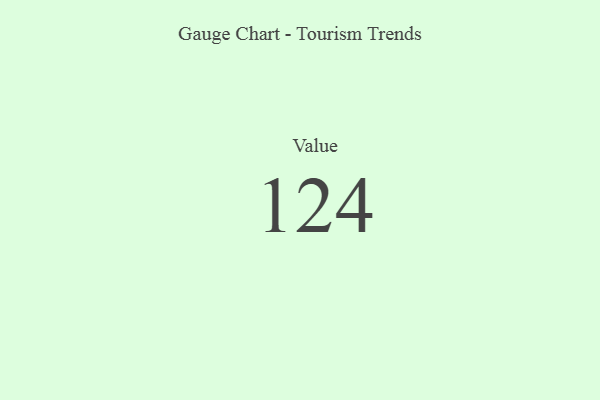
{"axis": {"x": "Metric", "y": "Value"}, "legend": [""], "data": [{"x": "Value", "y": 124, "type": ""}]}